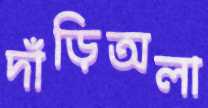
দাঁড়িঅলা